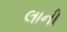
લાની